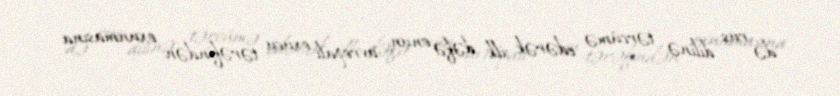
də rus dilinə tərcümə edərək ilk dəfə onun avropalı oxucu tərəfindən oxunmasına